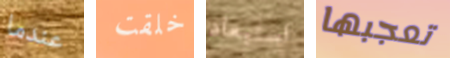
عندما خلقت استبعاد تعجبها